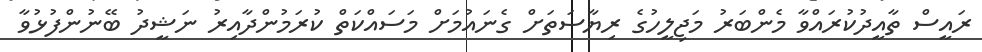
ރައީސް ތާއީދުކުރައްވާ މެންބަރު މަޖިލީހުގެ ރިޔާސަތަށް ގެނައުމަށް މަސައްކަތް ކުރަމުންދާއިރު ނަޝީދު ބޭނުންފުޅުވާ